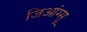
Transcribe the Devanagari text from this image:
जिआंग्सू